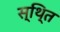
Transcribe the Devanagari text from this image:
स्थि्त